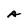
Character: A